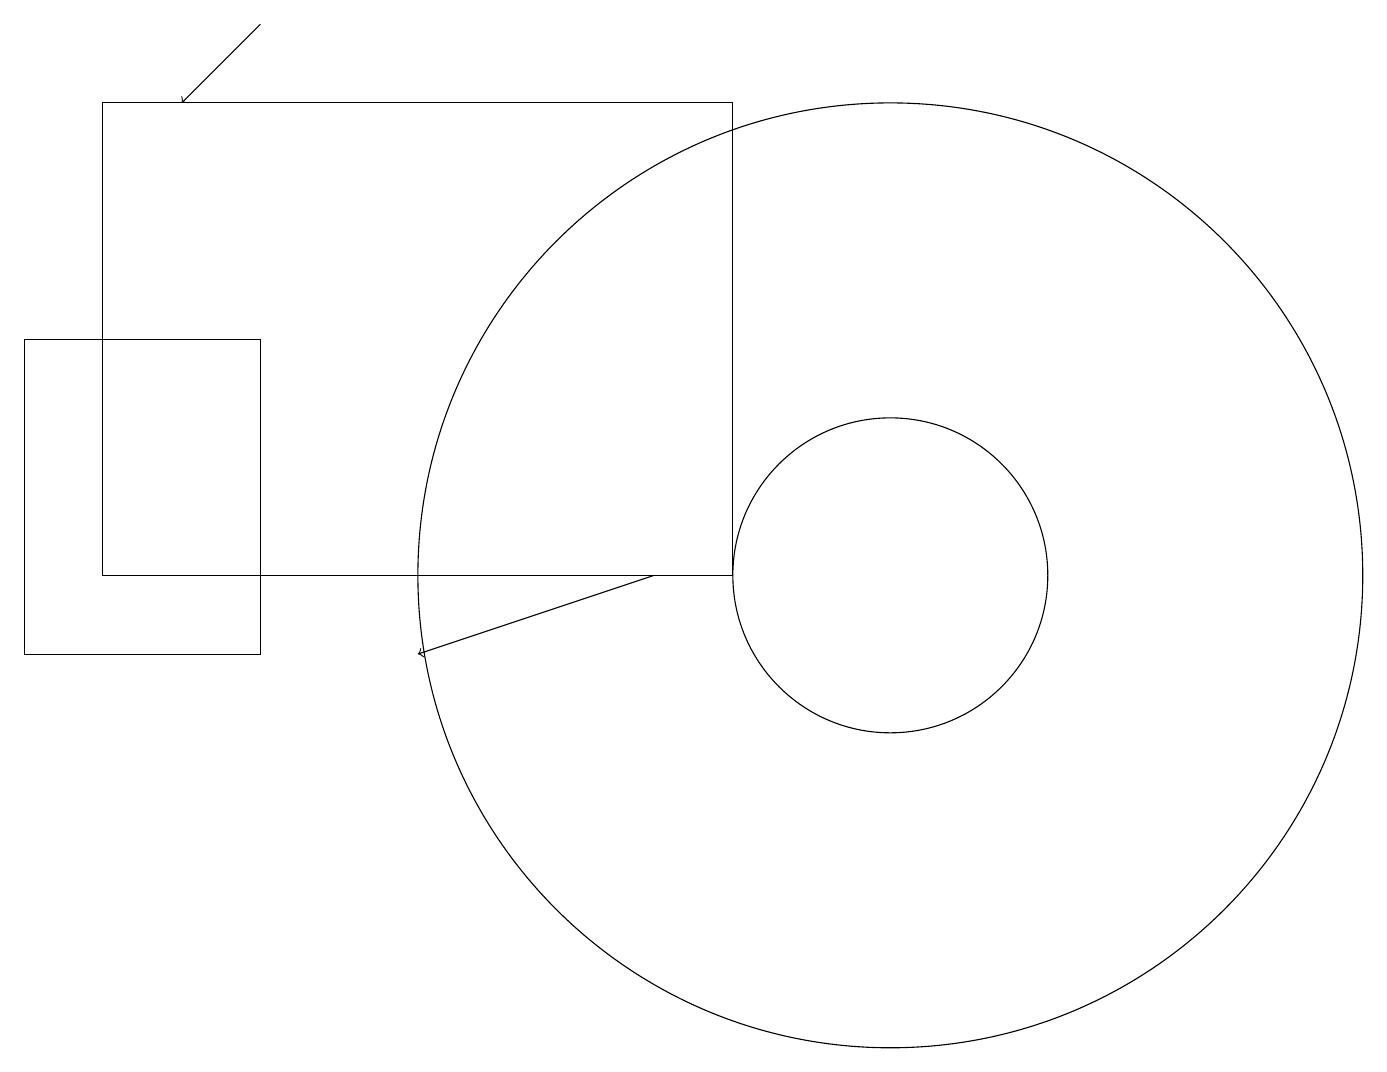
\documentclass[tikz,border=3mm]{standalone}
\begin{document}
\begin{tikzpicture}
\draw[->] (8,12) -- (5,11);
\draw (11,12) circle (6);
\draw (11,12) circle (2);
\draw (9,18) rectangle (1,12);
\draw (3,11) rectangle (0,15);
\draw[->] (3,19) -- (2,18);
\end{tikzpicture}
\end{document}